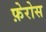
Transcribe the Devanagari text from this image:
फ़ेरोस